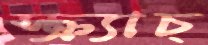
স্ক্র্যাচ্